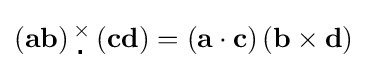
\left(\mathbf {ab} \right){}_{\,\centerdot }^{\times }\left(\mathbf {c} \mathbf {d} \right)=\left(\mathbf {a} \cdot \mathbf {c} \right)\left(\mathbf {b} \times \mathbf {d} \right)